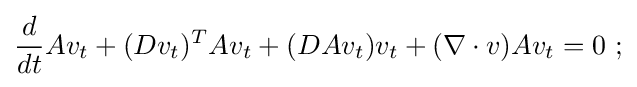
{\frac {d}{dt}}Av_{t}+(Dv_{t})^{T}Av_{t}+(DAv_{t})v_{t}+(\nabla \cdot v)Av_{t}=0\ ;